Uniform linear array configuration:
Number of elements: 32
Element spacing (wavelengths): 0.5
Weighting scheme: hamming
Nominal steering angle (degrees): -60
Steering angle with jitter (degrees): -59.208
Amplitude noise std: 0.05
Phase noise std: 0.05

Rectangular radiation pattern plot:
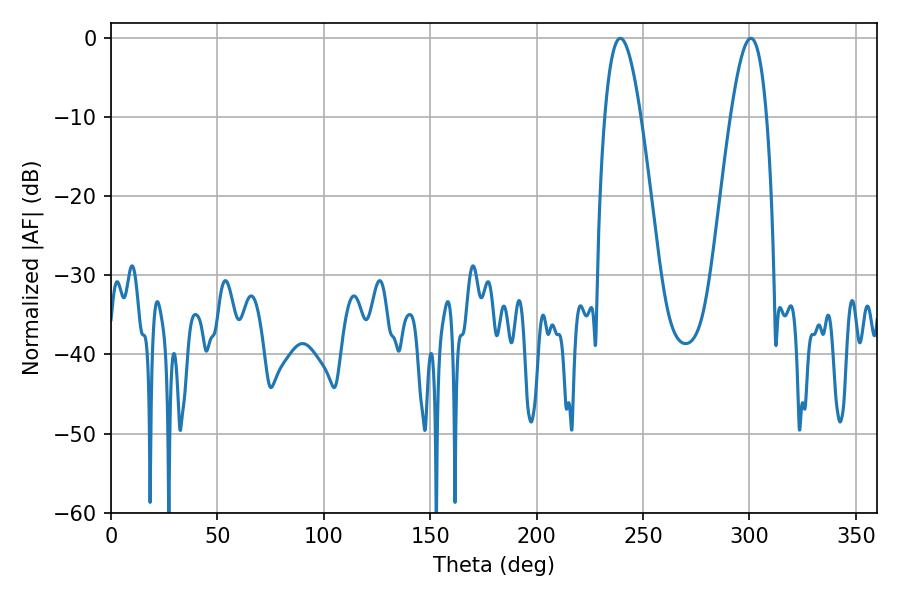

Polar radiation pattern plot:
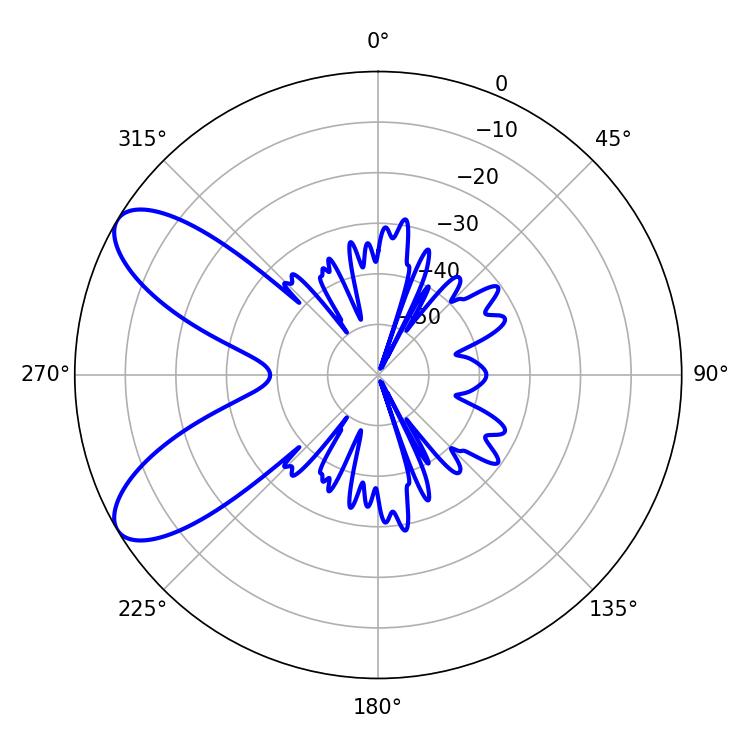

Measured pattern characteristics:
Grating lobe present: FALSE
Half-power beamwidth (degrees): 9.18
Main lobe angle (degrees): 239.4